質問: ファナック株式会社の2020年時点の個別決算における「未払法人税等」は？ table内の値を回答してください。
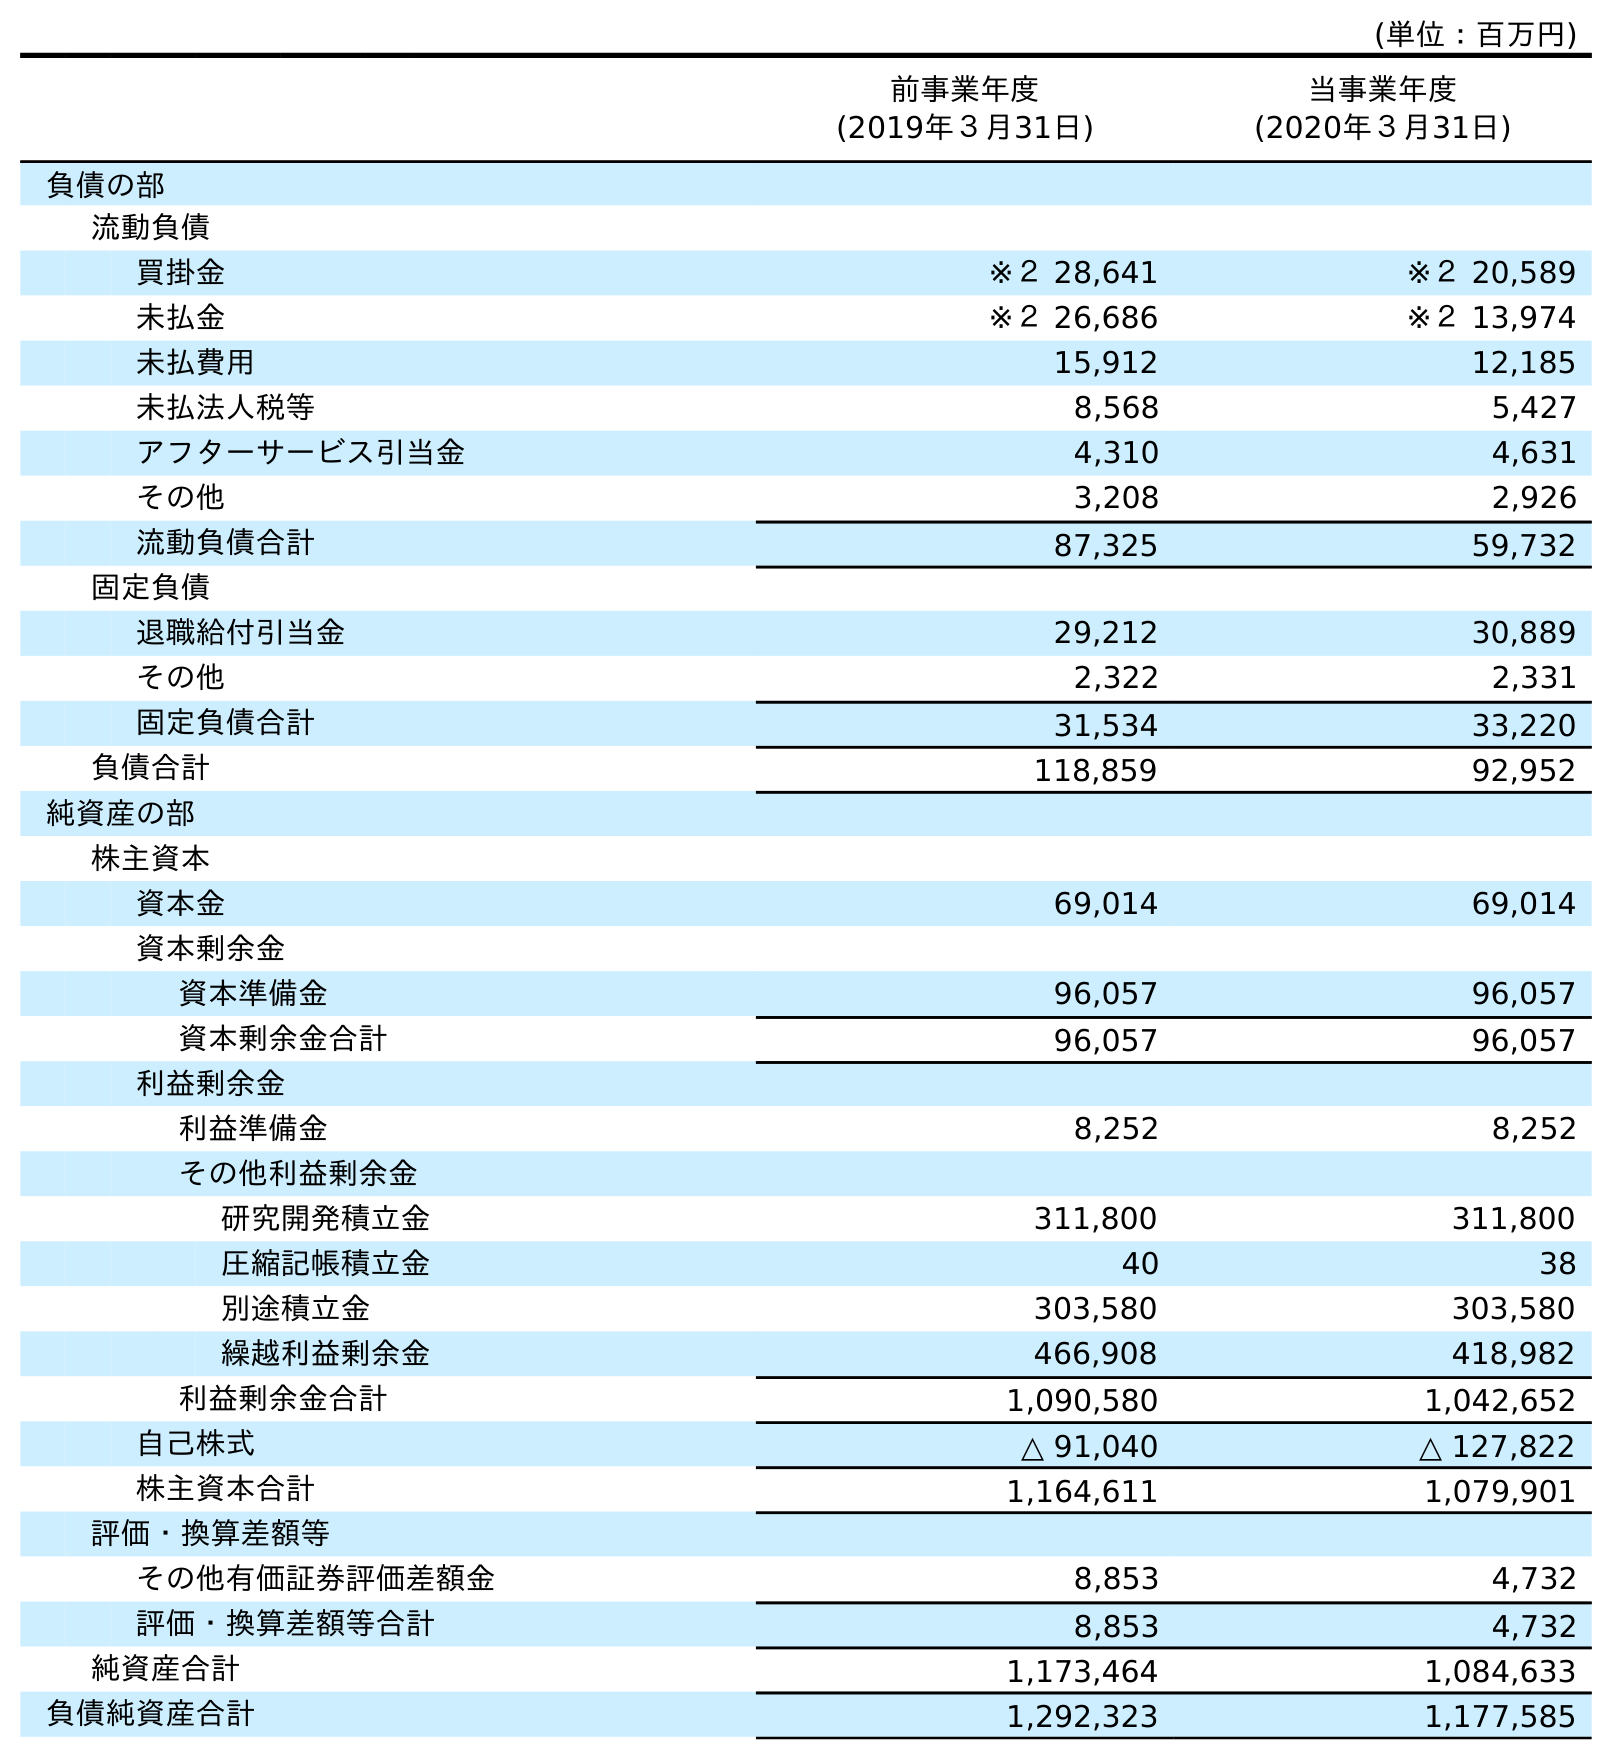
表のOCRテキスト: (単位：百万円) 前事業年度 (2019年３月31日) 当事業年度 (2020年３月31日) 負債の部 流動負債 買掛金 ※２ 28,641 ※２ 20,589 未払金 ※２ 26,686 ※２ 13,974 未払費用 15,912 12,185 未払法人税等 8,568 5,427 アフターサービス引当金 4,310 4,631 その他 3,208 2,926 流動負債合計 87,325 59,732 固定負債 退職給付引当金 29,212 30,889 その他 2,322 2,331 固定負債合計 31,534 33,220 負債合計 118,859 92,952 純資産の部 株主資本 資本金 69,014 69,014 資本剰余金 資本準備金 96,057 96,057 資本剰余金合計 96,057 96,057 利益剰余金 利益準備金 8,252 8,252 その他利益剰余金 研究開発積立金 311,800 311,800 圧縮記帳積立金 40 38 別途積立金 303,580 303,580 繰越利益剰余金 466,908 418,982 利益剰余金合計 1,090,580 1,042,652 自己株式 △ 91,040 △ 127,822 株主資本合計 1,164,611 1,079,901 評価・換算差額等 その他有価証券評価差額金 8,853 4,732 評価・換算差額等合計 8,853 4,732 純資産合計 1,173,464 1,084,633 負債純資産合計 1,292,323 1,177,585
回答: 5,427